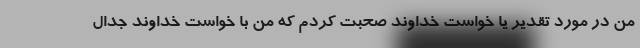
من در مورد تقدیر یا خواست خداوند صحبت کردم که من با خواست خداوند جدال